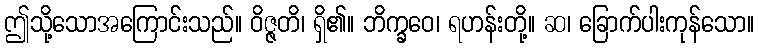
ဤသို့သောအကြောင်းသည်။ ဝိဇ္ဇတိ၊ ရှိ၏။ ဘိက္ခဝေ၊ ရဟန်းတို့။ ဆ၊ ခြောက်ပါးကုန်သော။